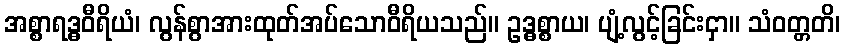
အစ္စာရဒ္ဓဝီရိယံ၊ လွန်စွာအားထုတ်အပ်သောဝီရိယသည်။ ဥဒ္ဓစ္စာယ၊ ပျံ့လွင့်ခြင်းငှာ။ သံဝတ္တတိ၊